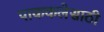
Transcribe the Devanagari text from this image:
पाककलेसाठी